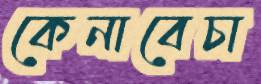
কেনাবেচা